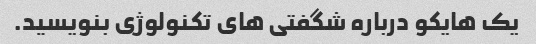
یک هایکو درباره شگفتی های تکنولوژی بنویسید.